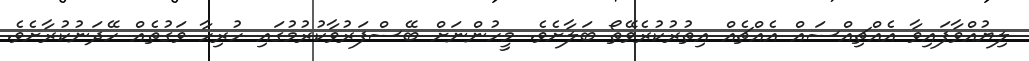
ލިޔުއްވާފައިވާ އެއްޗިއްސައް އެއްޗެއް އިތުރުކުރެވޭތޯ ބަލާށެވެ. މީހުންނަށް ބޭސްފަރުވާކުރުމުގައި ހުރިހާ ވަގުތެއް ހޭދަނުކުރާށެވެ.